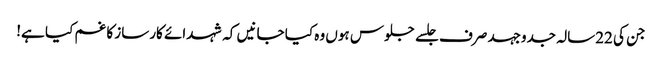
جن کی 22سالہ جدوجہد صرف جلسے جلوس ہوں وہ کیا جانیں کہ شہدائے کارساز کا غم کیا ہے!